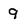
Character: 9